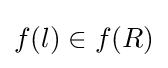
f(l)\in f(R)